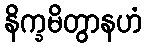
နိက္ခမိတွာနဟံ